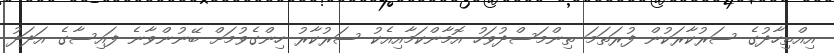
އިއްތިހާދުގެ ސަރުކާރަކުން ފުރަތަމަ ތިންމަސްދުވަހު އޮމާންކަމާއިއެކު ސަރުކާރު ހިންގެވުމަށް ބޭނުންވާނެ ފައިސާގެ އަދަދު